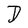
Character: D